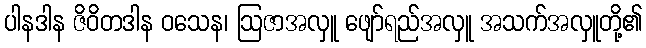
ပါနဒါန ဇိဝိတဒါန ဝသေန၊ ဩဇာအလှူ ဖျော်ရည်အလှူ အသက်အလှူတို့၏